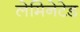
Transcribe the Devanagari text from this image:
लेमिनेटेड